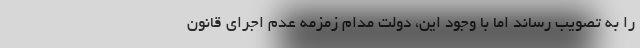
را به تصویب رساند اما با وجود این، دولت مدام زمزمه عدم اجرای قانون